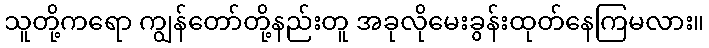
သူတို့ကရော ကျွန်တော်တို့နည်းတူ အခုလိုမေးခွန်းထုတ်နေကြမလား။